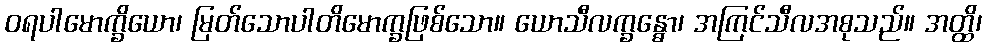
ဝရပါမောက္ခိယော၊ မြတ်သောပါတိမောက္ခဖြစ်သော။ ယောသီလက္ခန္ဓော၊ အကြင်သီလအစုသည်။ အတ္ထိ၊